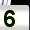
Digit: 5